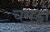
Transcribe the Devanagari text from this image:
चमडों